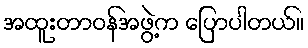
အထူးတာဝန်အဖွဲ့က ပြောပါတယ်။